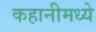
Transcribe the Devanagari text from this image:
कहानीमध्ये